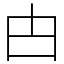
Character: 甴